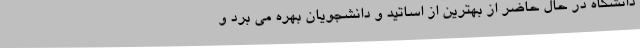
دانشگاه در حال حاضر از بهترین از اساتید و دانشجویان بهره می برد و